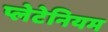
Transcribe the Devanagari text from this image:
प्लेटेनियम